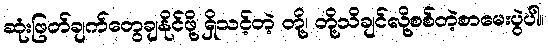
ဆုံးဖြတ်ချက်တွေချနိုင်ဖို့ ရှိသင့်တဲ့ တို့၊ တို့သိချင်လို့စစ်တဲ့စာမေးပွဲပါ။